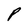
Character: P